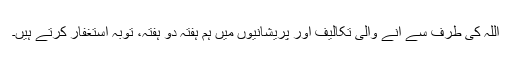
اللہ کی طرف سے آنے والی تکالیف اور پریشانیوں میں ہم ہفتہ دو ہفتہ، توبہ استغفار کرتے ہیں۔